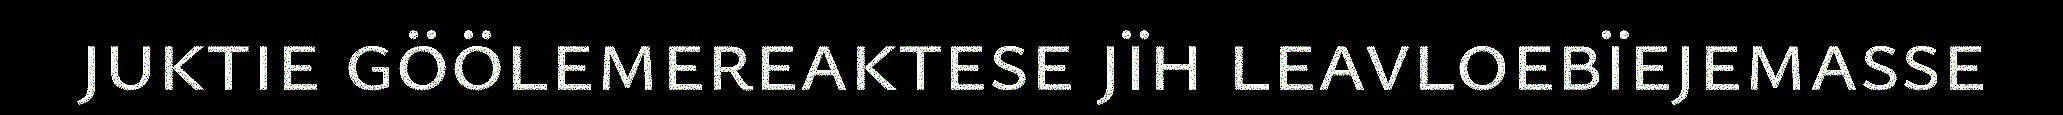
juktie göölemereaktese jïh leavloebïejemasse